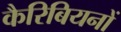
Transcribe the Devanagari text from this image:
कैरिबियनों